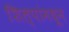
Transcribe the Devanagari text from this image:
शिल्पांमधून